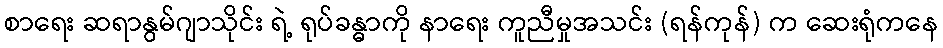
စာရေး ဆရာနွမ်ဂျာသိုင်း ရဲ့ ရုပ်ခန္ဓာကို နာရေး ကူညီမှုအသင်း (ရန်ကုန်) က ဆေးရုံကနေ